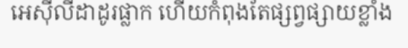
អេស៊ីលីដាដូរផ្លាក ហើយកំពុងតែផ្សព្វផ្សាយខ្លាំង